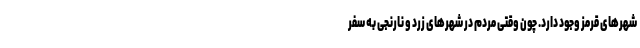
شهرهای قرمز وجود دارد. چون وقتی مردم در شهرهای زرد و نارنجی به سفر